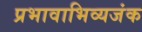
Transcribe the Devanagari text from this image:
प्रभावाभिव्यजंक